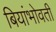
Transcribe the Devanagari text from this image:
बियांभोवती